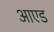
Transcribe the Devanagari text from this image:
आएड